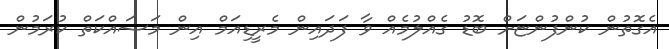
އެގޮތުން ކުންފުންޏަށް ބޮޑު ގެއްލުމެއް ވާ ފަދައިން މެރީޑިއަމް އިން މަސައްކަތް ކުރަމުން